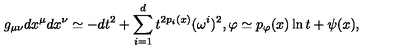
g _ { \mu \nu } d x ^ { \mu } d x ^ { \nu } \simeq - d t ^ { 2 } + \sum _ { i = 1 } ^ { d } t ^ { 2 p _ { i } ( x ) } ( \omega ^ { i } ) ^ { 2 } , \varphi \simeq p _ { \varphi } ( x ) \ln t + \psi ( x ) ,